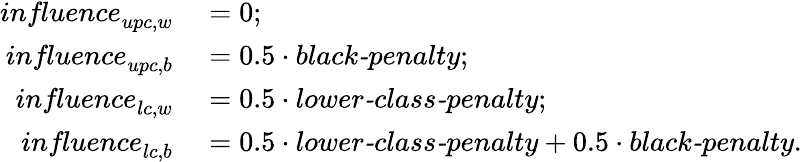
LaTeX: \begin{array}{rl}{\textit{influence}_{upc,w}}&{{}=0;}\\ {\textit{influence}_{upc,b}}&{{}=0.5\cdot\textit{black-penalty};}\\ {\textit{influence}_{lc,w}}&{{}=0.5\cdot\textit{lower-class-penalty};}\\ {\textit{influence}_{lc,b}}&{{}=0.5\cdot\textit{lower-class-penalty}+0.5\cdot\textit{black-penalty}.}\end{array}